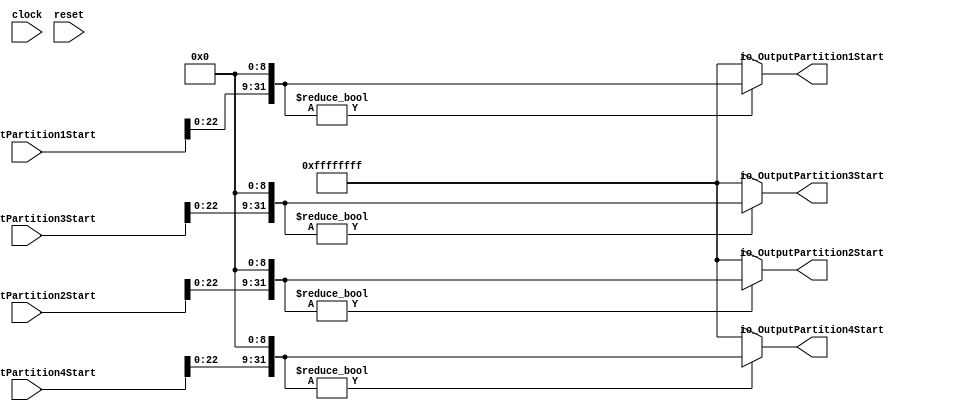
module AddressConverter(
  input         clock,
  input         reset,
  input  [31:0] io_InputPartition1Start,
  input  [31:0] io_InputPartition2Start,
  input  [31:0] io_InputPartition3Start,
  input  [31:0] io_InputPartition4Start,
  output [31:0] io_OutputPartition1Start,
  output [31:0] io_OutputPartition2Start,
  output [31:0] io_OutputPartition3Start,
  output [31:0] io_OutputPartition4Start
);
  wire [40:0] _T; // @[AddressConverter.scala 20:42]
  wire [31:0] p1conved; // @[AddressConverter.scala 20:47]
  wire [40:0] _T_2; // @[AddressConverter.scala 22:42]
  wire [31:0] p2conved; // @[AddressConverter.scala 22:47]
  wire [40:0] _T_4; // @[AddressConverter.scala 24:42]
  wire [31:0] p3conved; // @[AddressConverter.scala 24:47]
  wire [40:0] _T_6; // @[AddressConverter.scala 26:42]
  wire [31:0] p4conved; // @[AddressConverter.scala 26:47]
  wire  _T_8; // @[AddressConverter.scala 28:46]
  wire  _T_9; // @[AddressConverter.scala 28:50]
  wire  _T_11; // @[AddressConverter.scala 29:46]
  wire  _T_12; // @[AddressConverter.scala 29:50]
  wire  _T_14; // @[AddressConverter.scala 30:46]
  wire  _T_15; // @[AddressConverter.scala 30:50]
  wire  _T_17; // @[AddressConverter.scala 31:46]
  wire  _T_18; // @[AddressConverter.scala 31:50]
  assign _T = {io_InputPartition1Start, 9'h0}; // @[AddressConverter.scala 20:42]
  assign p1conved = _T[31:0]; // @[AddressConverter.scala 20:47]
  assign _T_2 = {io_InputPartition2Start, 9'h0}; // @[AddressConverter.scala 22:42]
  assign p2conved = _T_2[31:0]; // @[AddressConverter.scala 22:47]
  assign _T_4 = {io_InputPartition3Start, 9'h0}; // @[AddressConverter.scala 24:42]
  assign p3conved = _T_4[31:0]; // @[AddressConverter.scala 24:47]
  assign _T_6 = {io_InputPartition4Start, 9'h0}; // @[AddressConverter.scala 26:42]
  assign p4conved = _T_6[31:0]; // @[AddressConverter.scala 26:47]
  assign _T_8 = p1conved != 32'h0; // @[AddressConverter.scala 28:46]
  assign _T_9 = _T_8 == 1'h0; // @[AddressConverter.scala 28:50]
  assign _T_11 = p2conved != 32'h0; // @[AddressConverter.scala 29:46]
  assign _T_12 = _T_11 == 1'h0; // @[AddressConverter.scala 29:50]
  assign _T_14 = p3conved != 32'h0; // @[AddressConverter.scala 30:46]
  assign _T_15 = _T_14 == 1'h0; // @[AddressConverter.scala 30:50]
  assign _T_17 = p4conved != 32'h0; // @[AddressConverter.scala 31:46]
  assign _T_18 = _T_17 == 1'h0; // @[AddressConverter.scala 31:50]
  assign io_OutputPartition1Start = _T_9 ? 32'hffffffff : p1conved; // @[AddressConverter.scala 28:30]
  assign io_OutputPartition2Start = _T_12 ? 32'hffffffff : p2conved; // @[AddressConverter.scala 29:30]
  assign io_OutputPartition3Start = _T_15 ? 32'hffffffff : p3conved; // @[AddressConverter.scala 30:30]
  assign io_OutputPartition4Start = _T_18 ? 32'hffffffff : p4conved; // @[AddressConverter.scala 31:30]
endmodule